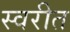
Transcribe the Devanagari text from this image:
स्वरीत